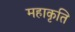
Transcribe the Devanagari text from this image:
महाकृति